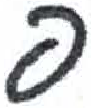
אות: פ